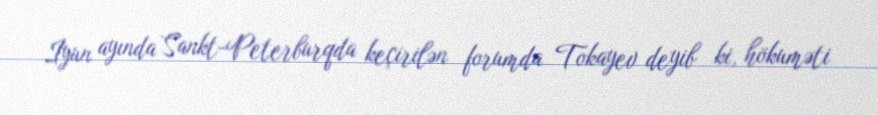
İyun ayında Sankt-Peterburqda keçirilən forumda Tokayev deyib ki, hökuməti